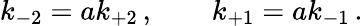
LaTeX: k_{-2}=ak_{+2}\, ,\qquad k_{+1}=ak_{-1}\, .